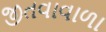
જીતવાવાળા